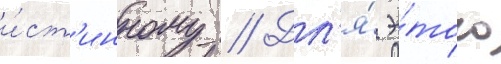
и́ст'инному // Дл'я́ э́того